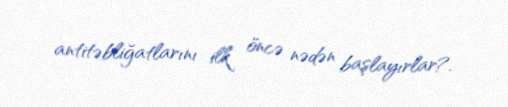
antitəbliğatlarını ilk öncə nədən başlayırlar?.